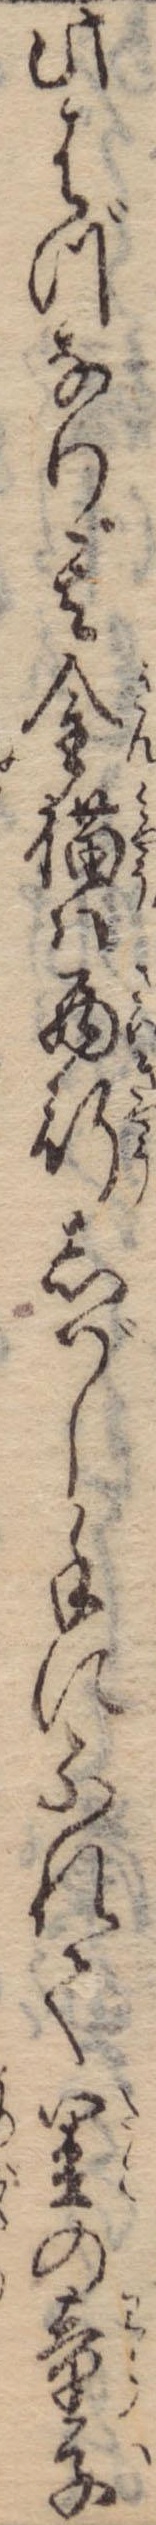
此はづなり其金猫は西行しばし手にふれて里の童子